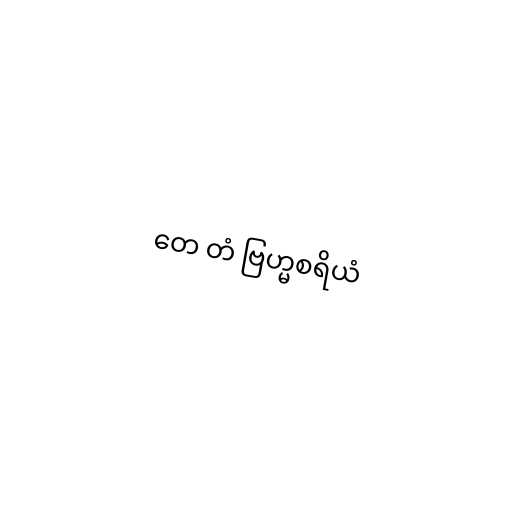
တေ တံ ဗြဟ္မစရိယံ